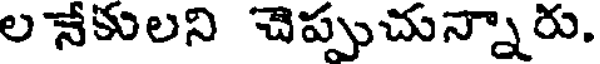
ల నేకులని చెప్పుచున్నారు.